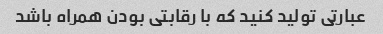
عبارتی تولید کنید که با رقابتی بودن همراه باشد